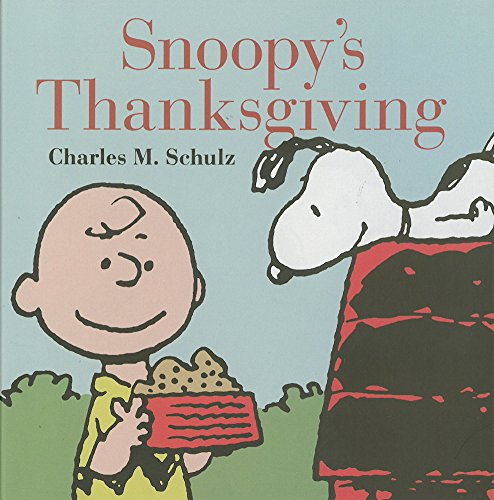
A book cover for Snoopy's Thanksgiving (Peanuts Seasonal); Charles M. Schulz; Comics & Graphic Novels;